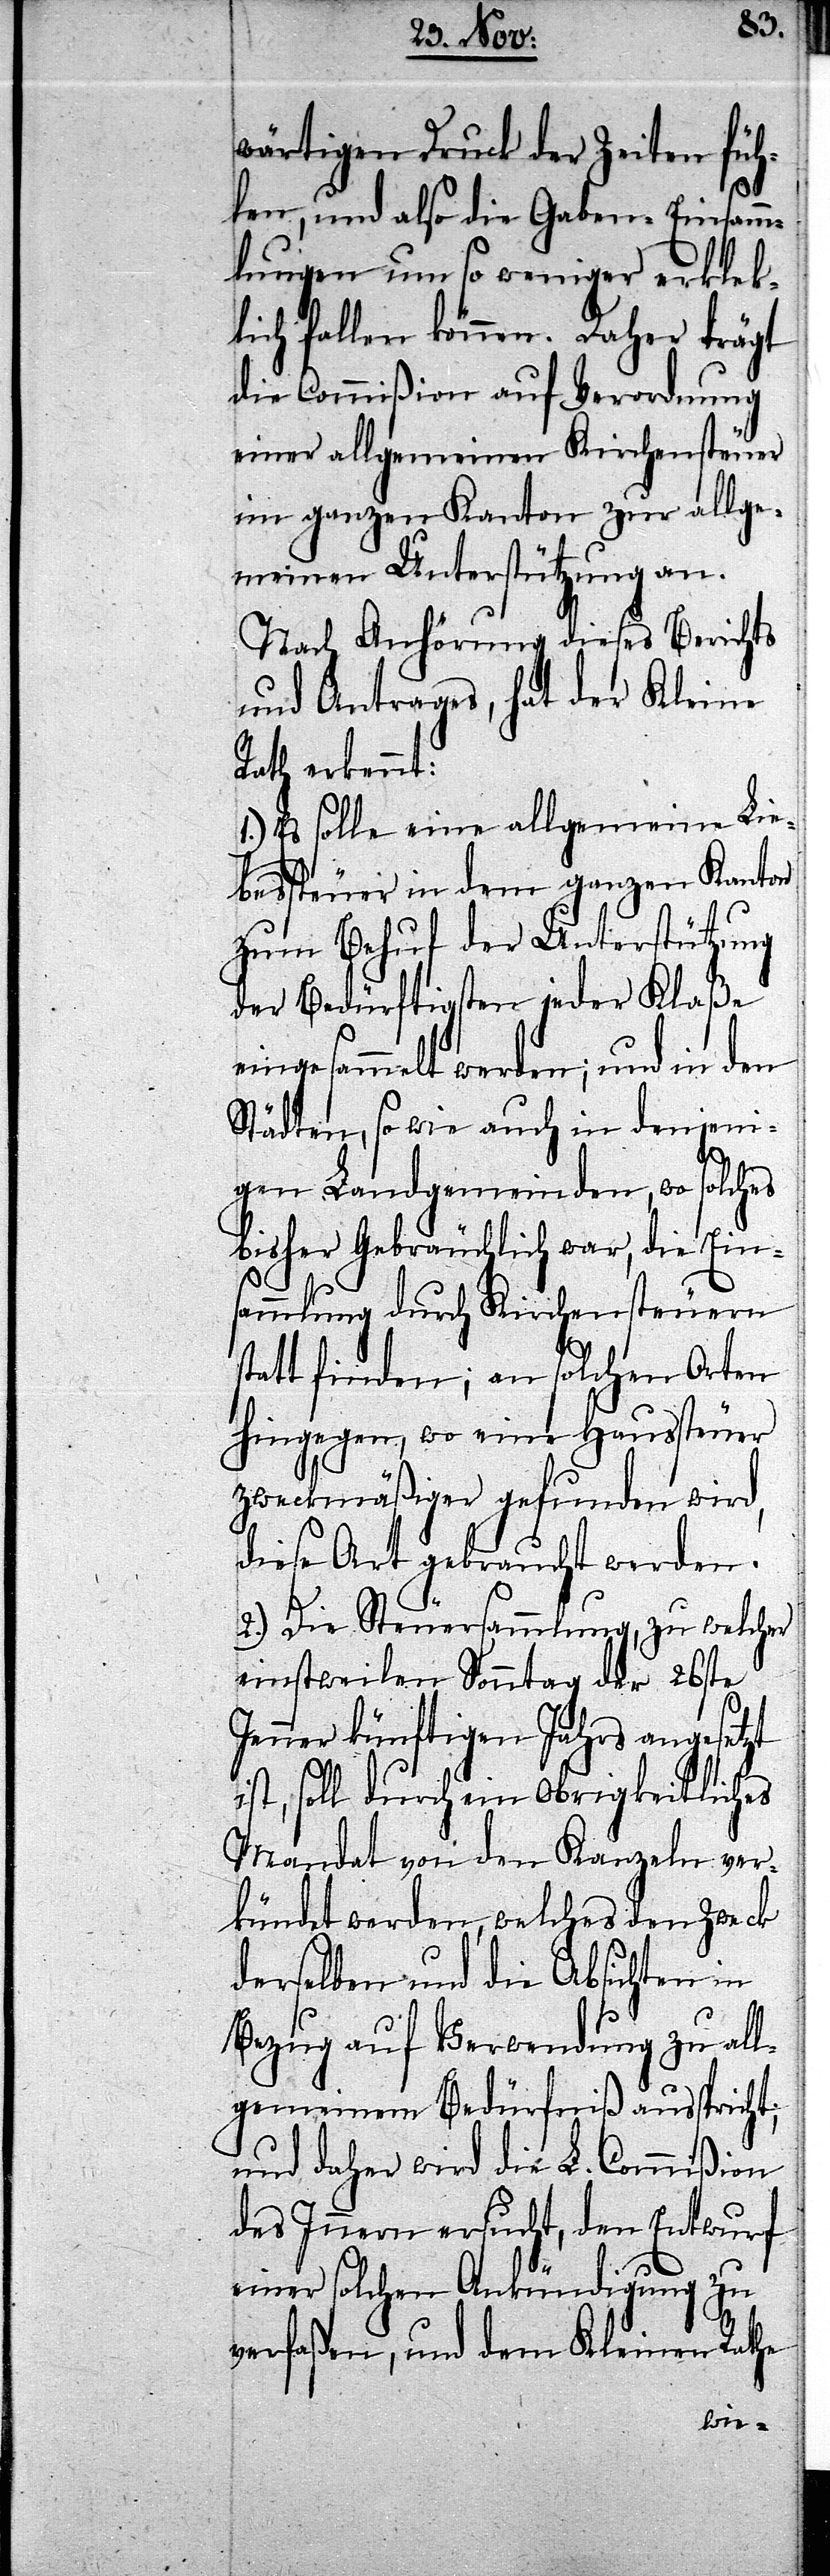
wärtigen Druck der Zeiten füh¬
len, und also die Gaben-Einsamm¬
lungen um so weniger erklek¬
lich fallen können. Daher trägt
die Commißion auf Verordnung
einer allgemeinen Kirchensteuer
im ganzen Kanton zur allge¬
meinen Unterstützung an.
Nach Anhörung dieses Berichts
und Antrags, hat der Kleine
Rath erkennt:
1.) Es solle eine allgemeine Lie¬
bessteuer in dem ganzen Kanton
zum Behuf der Unterstützung
der Bedürftigsten jeder Klaße
eingesammelt werden; und in den
Städten, so wie auch in denjeni¬
gen Landgemeinden, wo solches
bisher Gebräuchlich war, die Ein¬
sammlung durch Kirchensteuern
statt finden; an solchen Orten
hingegen, wo eine Haussteuer
zweckmäßiger gefunden wird,
diese Art gebraucht werden.
2.) Die Steuersammlung, zu welcher
einstweilen Sonntag der 26ste
Jenner künftigen Jahrs angesetzt
ist, soll durch ein obrigkeitliches
Mandat von den Kanzeln ver¬
kündet werden, welches den Zweck
derselben und die Absichten in
Bezug auf Verwendung zu all¬
gemeinem Bedürfniß ausspricht;
und daher wird die L. Commißion
des Innern ersucht, den Entwurf
einer solchen Ankündigung zu
verfaßen, und dem Kleinen Rathe